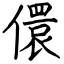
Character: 儇